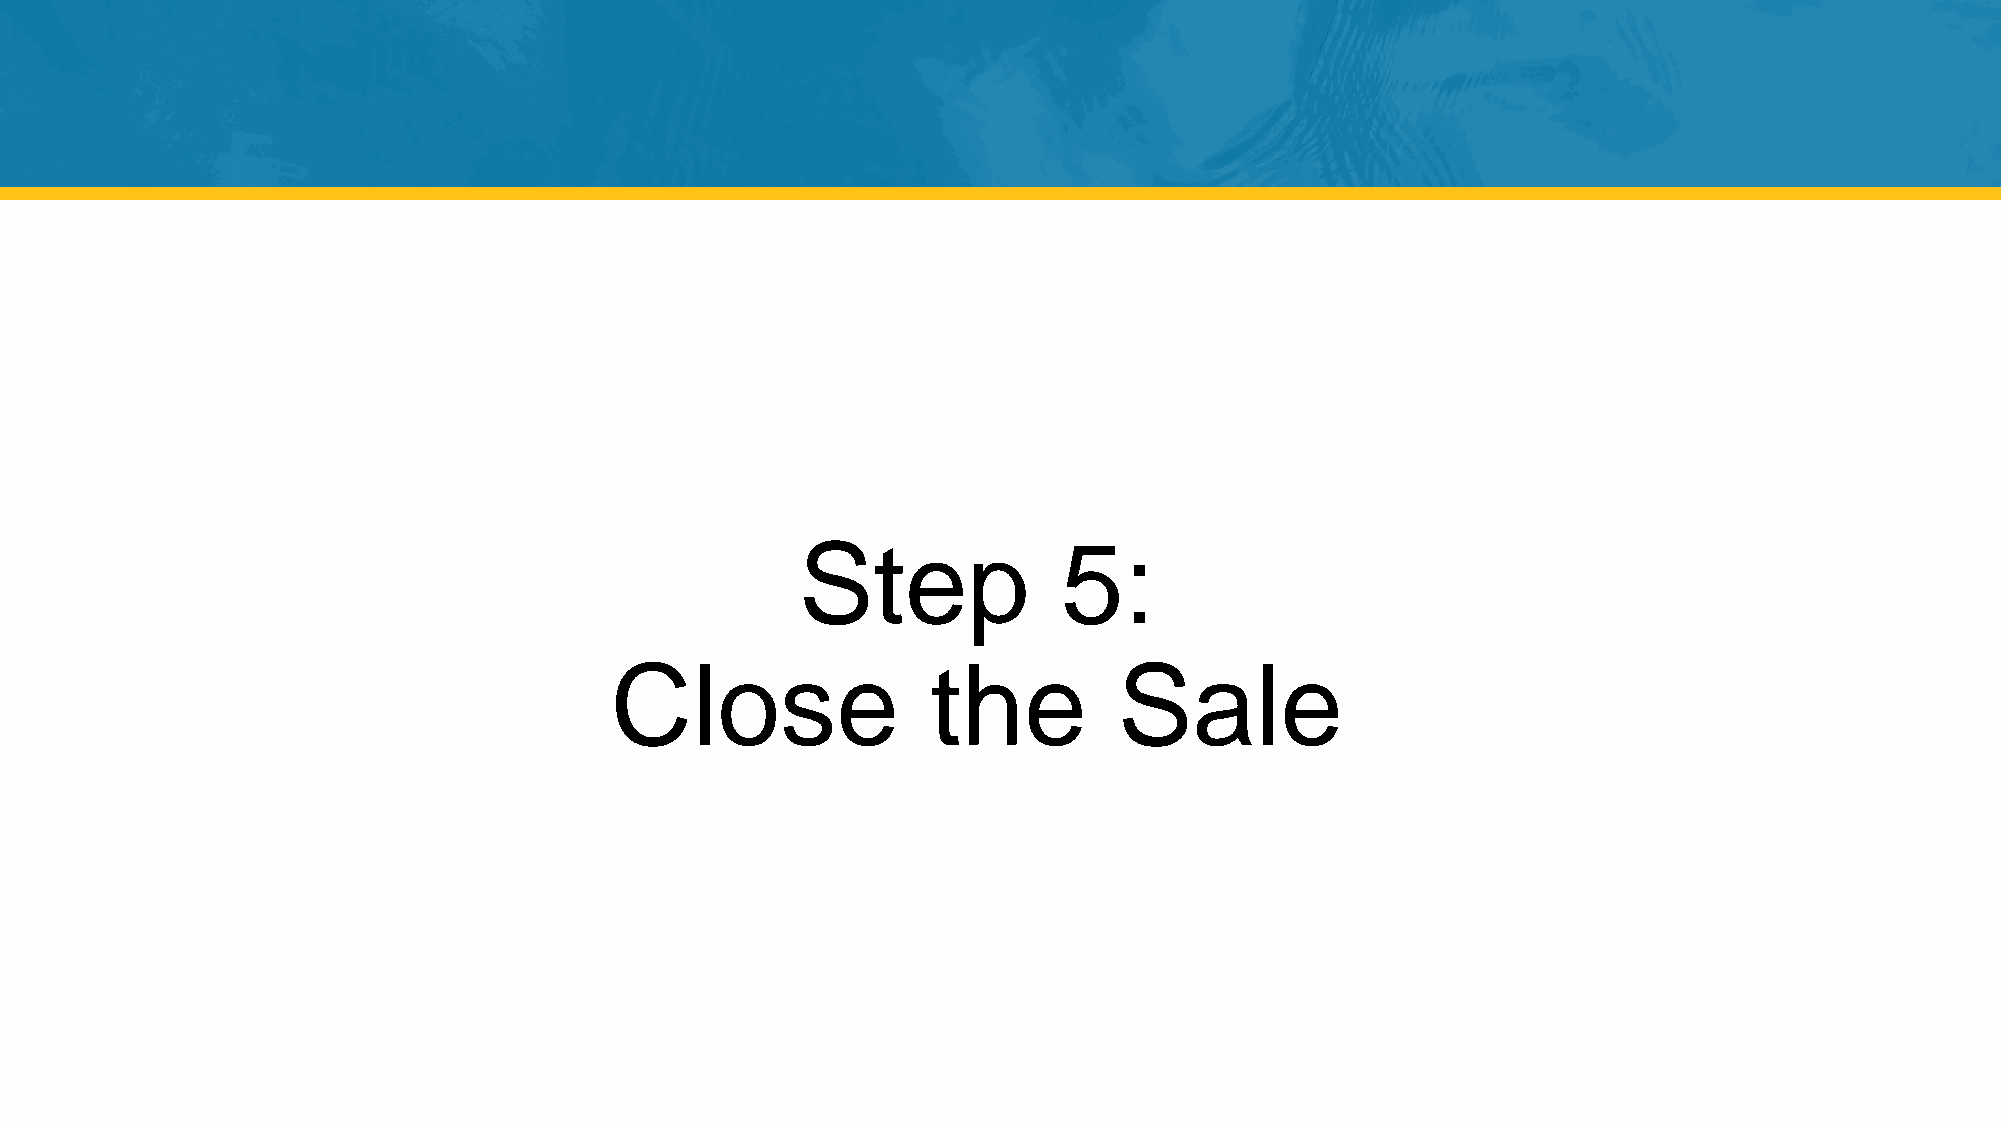
Step             5:
 Close                 the         Sale